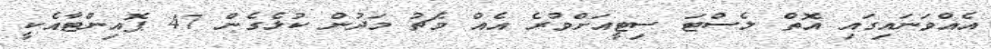
އެއްވަނައިގައި އޮތް ލެސްޓަ ސިޓީއަށްވުރެ އެއް މެޗު މަދުން ކުޅެގެން 47 ޕޮއިންޓާއެކީ